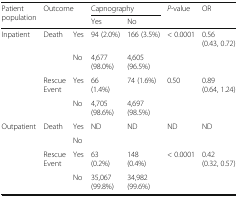
<table><thead><tr><td rowspan="2"><b>Patient population</b></td><td rowspan="2" colspan="2"><b>Outcome</b></td><td colspan="2"><b>Capnography</b></td><td rowspan="2"><b><i>P</i>-value</b></td><td rowspan="2"><b>OR</b></td></tr><tr><td><b>Yes</b></td><td><b>No</b></td></tr></thead><tbody><tr><td rowspan="4">Inpatient</td><td rowspan="2">Death</td><td>Yes</td><td>94 (2.0%)</td><td>166 (3.5%)</td><td>&lt; 0.0001</td><td>0.56 (0.43, 0.72)</td></tr><tr><td>No</td><td>4,677 (98.0%)</td><td>4,605 (96.5%)</td><td></td><td></td></tr><tr><td rowspan="2">Rescue Event</td><td>Yes</td><td>66 (1.4%)</td><td>74 (1.6%)</td><td>0.50</td><td>0.89 (0.64, 1.24)</td></tr><tr><td>No</td><td>4,705 (98.6%)</td><td>4,697 (98.5%)</td><td></td><td></td></tr><tr><td rowspan="4">Outpatient</td><td rowspan="2">Death</td><td>Yes</td><td rowspan="2">ND</td><td rowspan="2">ND</td><td rowspan="2">ND</td><td rowspan="2">ND</td></tr><tr><td>No</td></tr><tr><td rowspan="2">Rescue Event</td><td>Yes</td><td>63 (0.2%)</td><td>148 (0.4%)</td><td>&lt; 0.0001</td><td>0.42 (0.32, 0.57)</td></tr><tr><td>No</td><td>35,067 (99.8%)</td><td>34,982 (99.6%)</td><td></td><td></td></tr></tbody></table>